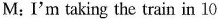
M:I'm taking the train in 10